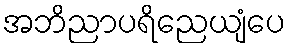
အဘိညာပရိညေယျံပေ